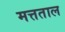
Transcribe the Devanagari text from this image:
मत्तताल